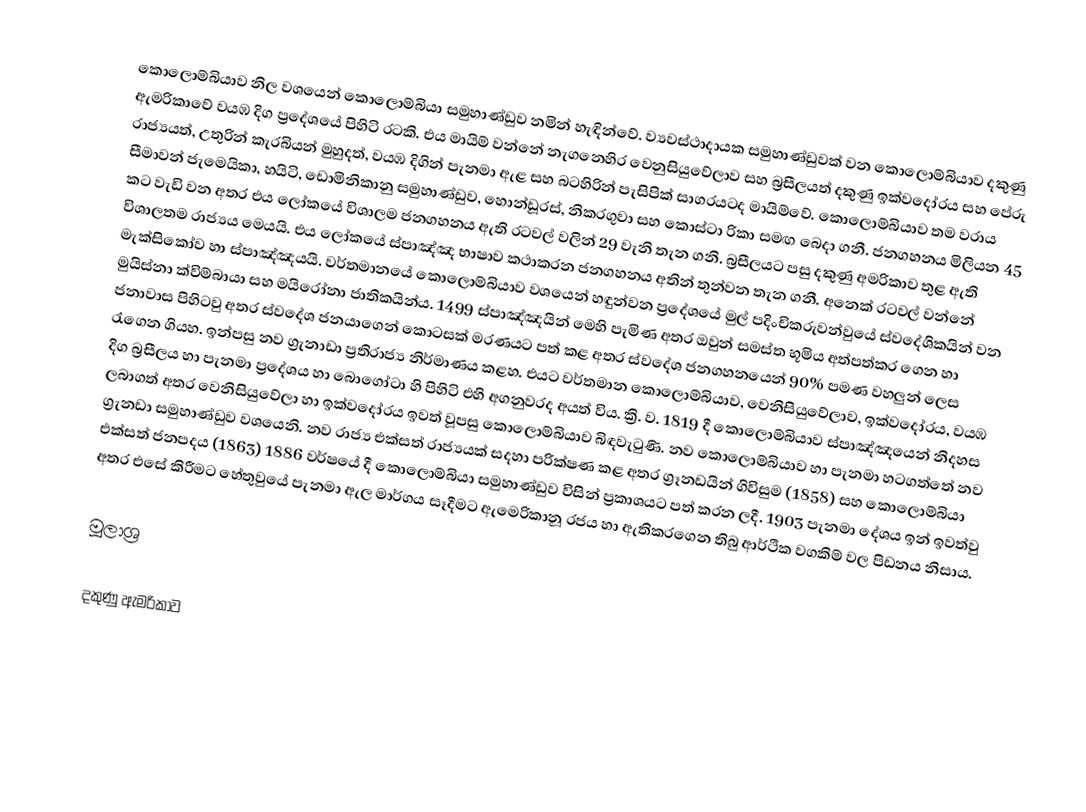
කොලොම්බියාව නිල වශයෙන් කොලොම්බියා සමුහාණ්ඩුව නමින් හැඳින්වේ. ව්‍යවස්ථාදායක සමුහාණ්ඩුවක් වන කොලොම්බියාව දකුණු ඇමරිකාවේ වයඹ දිග ප්‍රදේශයේ පිහිටි රටකි. එය මායිම් වන්නේ නැගනෙහිර වෙනුසියුවේලාව සහ බ්‍රසීලයත් දකුණු ඉක්වදෝරය සහ පේරු රාජ්‍යයත්, උතුරින් කැරබියන් මුහුදත්, වයඹ දිගින් පැනමා ඇළ සහ බටහිරින් පැසිපික් සාගරයටද මායිම්වේ. කොලොම්බියාව තම වරාය සීමාවන් ජැමෙයිකා, හයිටි, ඩොමිනිකානු සමුහාණ්ඩුව, හොන්ඩූරස්, නිකරගුවා සහ කොස්ටා රිකා සමඟ බෙදා ගනී. ජනගහනය මිලියන 45 කට වැඩි වන අතර එය ලෝකයේ විශාලම ජනගහනය ඇති රටවල් වලින් 29 වැනි තැන ගනි. බ්‍රසීලයට පසු දකුණු අමරිකාව තුළ ඇති විශාලතම රාජ්‍යය මෙයයි. එය ලෝකයේ ස්පාඤ්ඤ භාෂාව කථාකරන ජනගහනය අතින් තුන්වන තැන ගනී. අනෙක් රටවල් වන්නේ මැක්සිකෝව හා ස්පාඤ්ඤයයි. වර්තමානයේ කොලොම්බියාව වශයෙන් හඳුන්වන ප්‍රදේශයේ මුල් පදිංචිකරුවන්වුයේ ස්වදේශිකයින් වන මුයිස්නා ක්විම්බායා සහ මයිරෝනා ජාතිකයින්ය. 1499 ස්පාඤ්ඤයින් මෙහි පැමිණ අතර ඔවුන් සමස්ත භූමිය අත්පත්කර ගෙන හා ජනාවාස පිහිටවු අතර   ස්වදේශ ජනයාගෙන් කොටසක් මරණයට පත් කළ අතර ස්වදේශ ජනගහනයෙන් 90% පමණ  වහලුන් ලෙස රැගෙන ගියහ. ඉන්පසු නව ග්‍රැනාඩා ප්‍රතිරාජ්‍ය නිර්මාණය කළහ. එයට වර්තමාන කොලොම්බියාව, වෙනිසියුවේලාව, ඉක්වදෝරය, වයඹ දිග බ්‍රසීලය හා  පැනමා ප්‍රදේශය හා බොගෝටා හි පිහිටි එහි අගනුවරද අයත් විය.  ක්‍රි. ව. 1819 දී කොලොම්බියාව ස්පාඤ්ඤයෙන් නිදහස ලබාගත් අතර වෙනිසියුවේලා හා ඉක්වදෝරය ඉවත් වූපසු කොලොම්බියාව බිඳවැටුණි. නව කොලොම්බියාව හා පැනමා හටගත්තේ නව ග්‍රැනඩා සමුහාණ්ඩුව වශයෙනි. නව රාජ්‍ය එක්සත් රාජ්‍යයක් සදහා පරික්ෂණ කළ අතර ග්‍රෑනඩයින් ගිවිසුම (1858) සහ කොලොම්බියා එක්සත් ජනපදය (1863) 1886 වර්ෂයේ දී කොලොම්බියා සමුහාණ්ඩුව විසින් ප්‍රකාශයට පත් කරන ලදී. 1903 පැනමා දේශය ඉන් ඉවත්වු අතර එසේ කිරීමට හේතුවුයේ පැනමා ඇල මාර්ගය සෑදීමට ඇමෙරිකානූ රජය හා  ඇතිකරගෙන තිබු ආර්ථික වගකිම් වල පිඩනය නිසාය.

මූලාශ්‍ර

දකුණු ඇමරිකාව